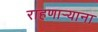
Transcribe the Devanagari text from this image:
राहणार्‍याना